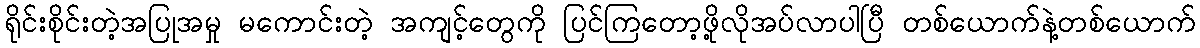
ရိုင်းစိုင်းတဲ့အပြုအမှု မကောင်းတဲ့ အကျင့်တွေကို ပြင်ကြတော့ဖို့လိုအပ်လာပါပြီ တစ်ယောက်နဲ့တစ်ယောက်